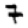
Digit: 7